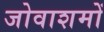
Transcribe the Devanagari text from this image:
जोवाशमों